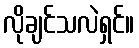
လိုချင်သလဲရှင်။